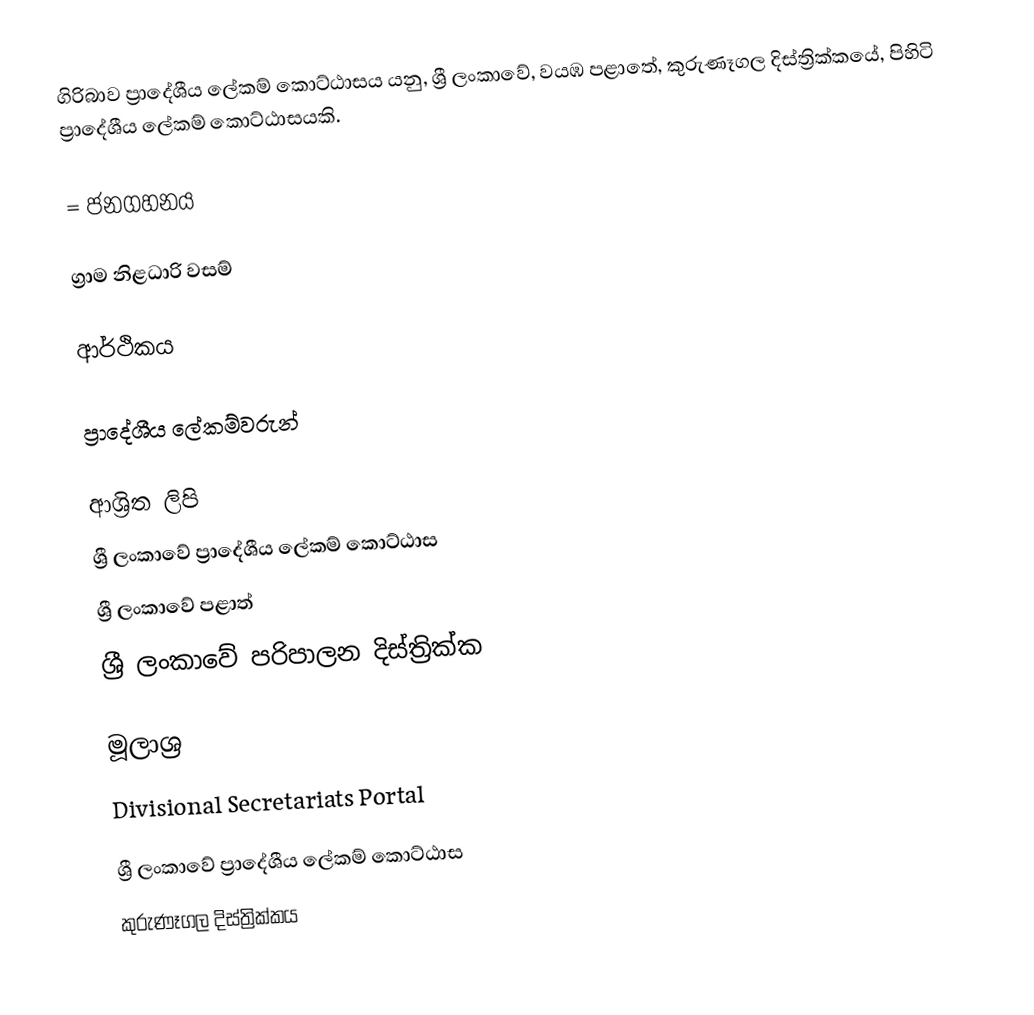
ගිරිබාව ප්‍රාදේශීය ලේකම් කොට්ඨාසය යනු,  ශ්‍රී ලංකාවේ, වයඹ පළාතේ,   කුරුණෑගල දිස්ත්‍රික්කයේ, පිහිටි ප්‍රාදේශීය ලේකම් කොට්ඨාසයකි.

= ජනගහනය

ග්‍රාම නිළධාරි වසම්

ආර්ථිකය

ප්‍රාදේශීය ලේකම්වරුන්

ආශ්‍රිත ලිපි
ශ්‍රී ලංකාවේ ප්‍රාදේශීය ලේකම් කොට්ඨාස
ශ්‍රී ලංකාවේ පළාත්
ශ්‍රී ලංකාවේ පරිපාලන දිස්ත්‍රික්ක

මූලාශ්‍ර
 Divisional Secretariats Portal

ශ්‍රී ලංකාවේ ප්‍රාදේශීය ලේකම් කොට්ඨාස
කුරුණෑගල දිස්ත්‍රික්කය